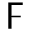
\digamma